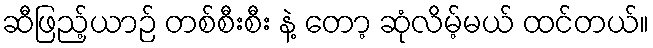
ဆီဖြည့်ယာဉ် တစ်စီးစီး နဲ့ တော့ ဆုံလိမ့်မယ် ထင်တယ်။